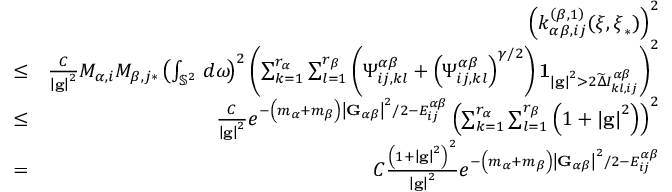
\begin{array} { r l r } & { } & { \left( k _ { \alpha \beta , i j } ^ { \left( \beta , 1 \right) } ( \boldsymbol { \xi } , \boldsymbol { \xi } _ { \ast } ) \right) ^ { 2 } } \\ & { \leq } & { \frac { C } { \left\vert \mathbf { g } \right\vert ^ { 2 } } M _ { \alpha , i } M _ { \beta , j \ast } \left( \int _ { \mathbb { S } ^ { 2 } } \, d \boldsymbol { \omega } \! \right) ^ { 2 } \left( \sum _ { k = 1 } ^ { r _ { \alpha } } \sum _ { l = 1 } ^ { r _ { \beta } } \left( \Psi _ { i j , k l } ^ { \alpha \beta } + \left( \Psi _ { i j , k l } ^ { \alpha \beta } \right) ^ { \gamma / 2 } \right) \mathbf { 1 } _ { \left\vert \mathbf { g } \right\vert ^ { 2 } > 2 \widetilde { \Delta } I _ { k l , i j } ^ { \alpha \beta } } \right) ^ { 2 } } \\ & { \leq } & { \frac { C } { \left\vert \mathbf { g } \right\vert ^ { 2 } } e ^ { - \left( m _ { \alpha } + m _ { \beta } \right) \left\vert \mathbf { G } _ { \alpha \beta } \right\vert ^ { 2 } / 2 - E _ { i j } ^ { \alpha \beta } } \left( \sum _ { k = 1 } ^ { r _ { \alpha } } \sum _ { l = 1 } ^ { r _ { \beta } } \left( 1 + \left\vert \mathbf { g } \right\vert ^ { 2 } \right) \right) ^ { 2 } } \\ & { = } & { C \frac { \left( 1 + \left\vert \mathbf { g } \right\vert ^ { 2 } \right) ^ { 2 } } { \left\vert \mathbf { g } \right\vert ^ { 2 } } e ^ { - \left( m _ { \alpha } + m _ { \beta } \right) \left\vert \mathbf { G } _ { \alpha \beta } \right\vert ^ { 2 } / 2 - E _ { i j } ^ { \alpha \beta } } } \end{array}